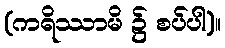
(ကရိဿာမိ ၌ စပ်ပါ)။